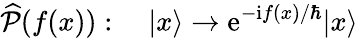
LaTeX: \widehat{\mathcal{P}}(f(x)):\quad|x\rangle\to\mathrm{e}^{-\mathrm{i}f(x)/\hbar}|x\rangle